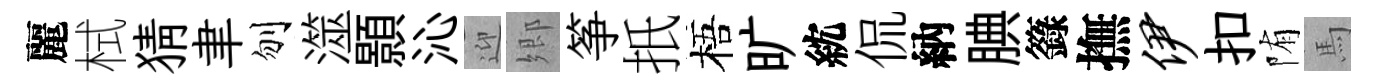
麗栻猜聿刎澨顥沁迎郷筝扺梧旷紞侃納腆籙撫伊扣陏馬